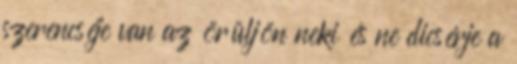
szerencséje van az örüljön neki és ne dicsérje a